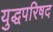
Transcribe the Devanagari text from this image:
युद्धपरिषद